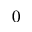
0